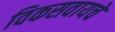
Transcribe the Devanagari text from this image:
विकसवायचे